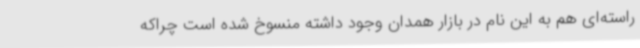
راسته‌ای هم به این نام در بازار همدان وجود داشته منسوخ شده است چراکه